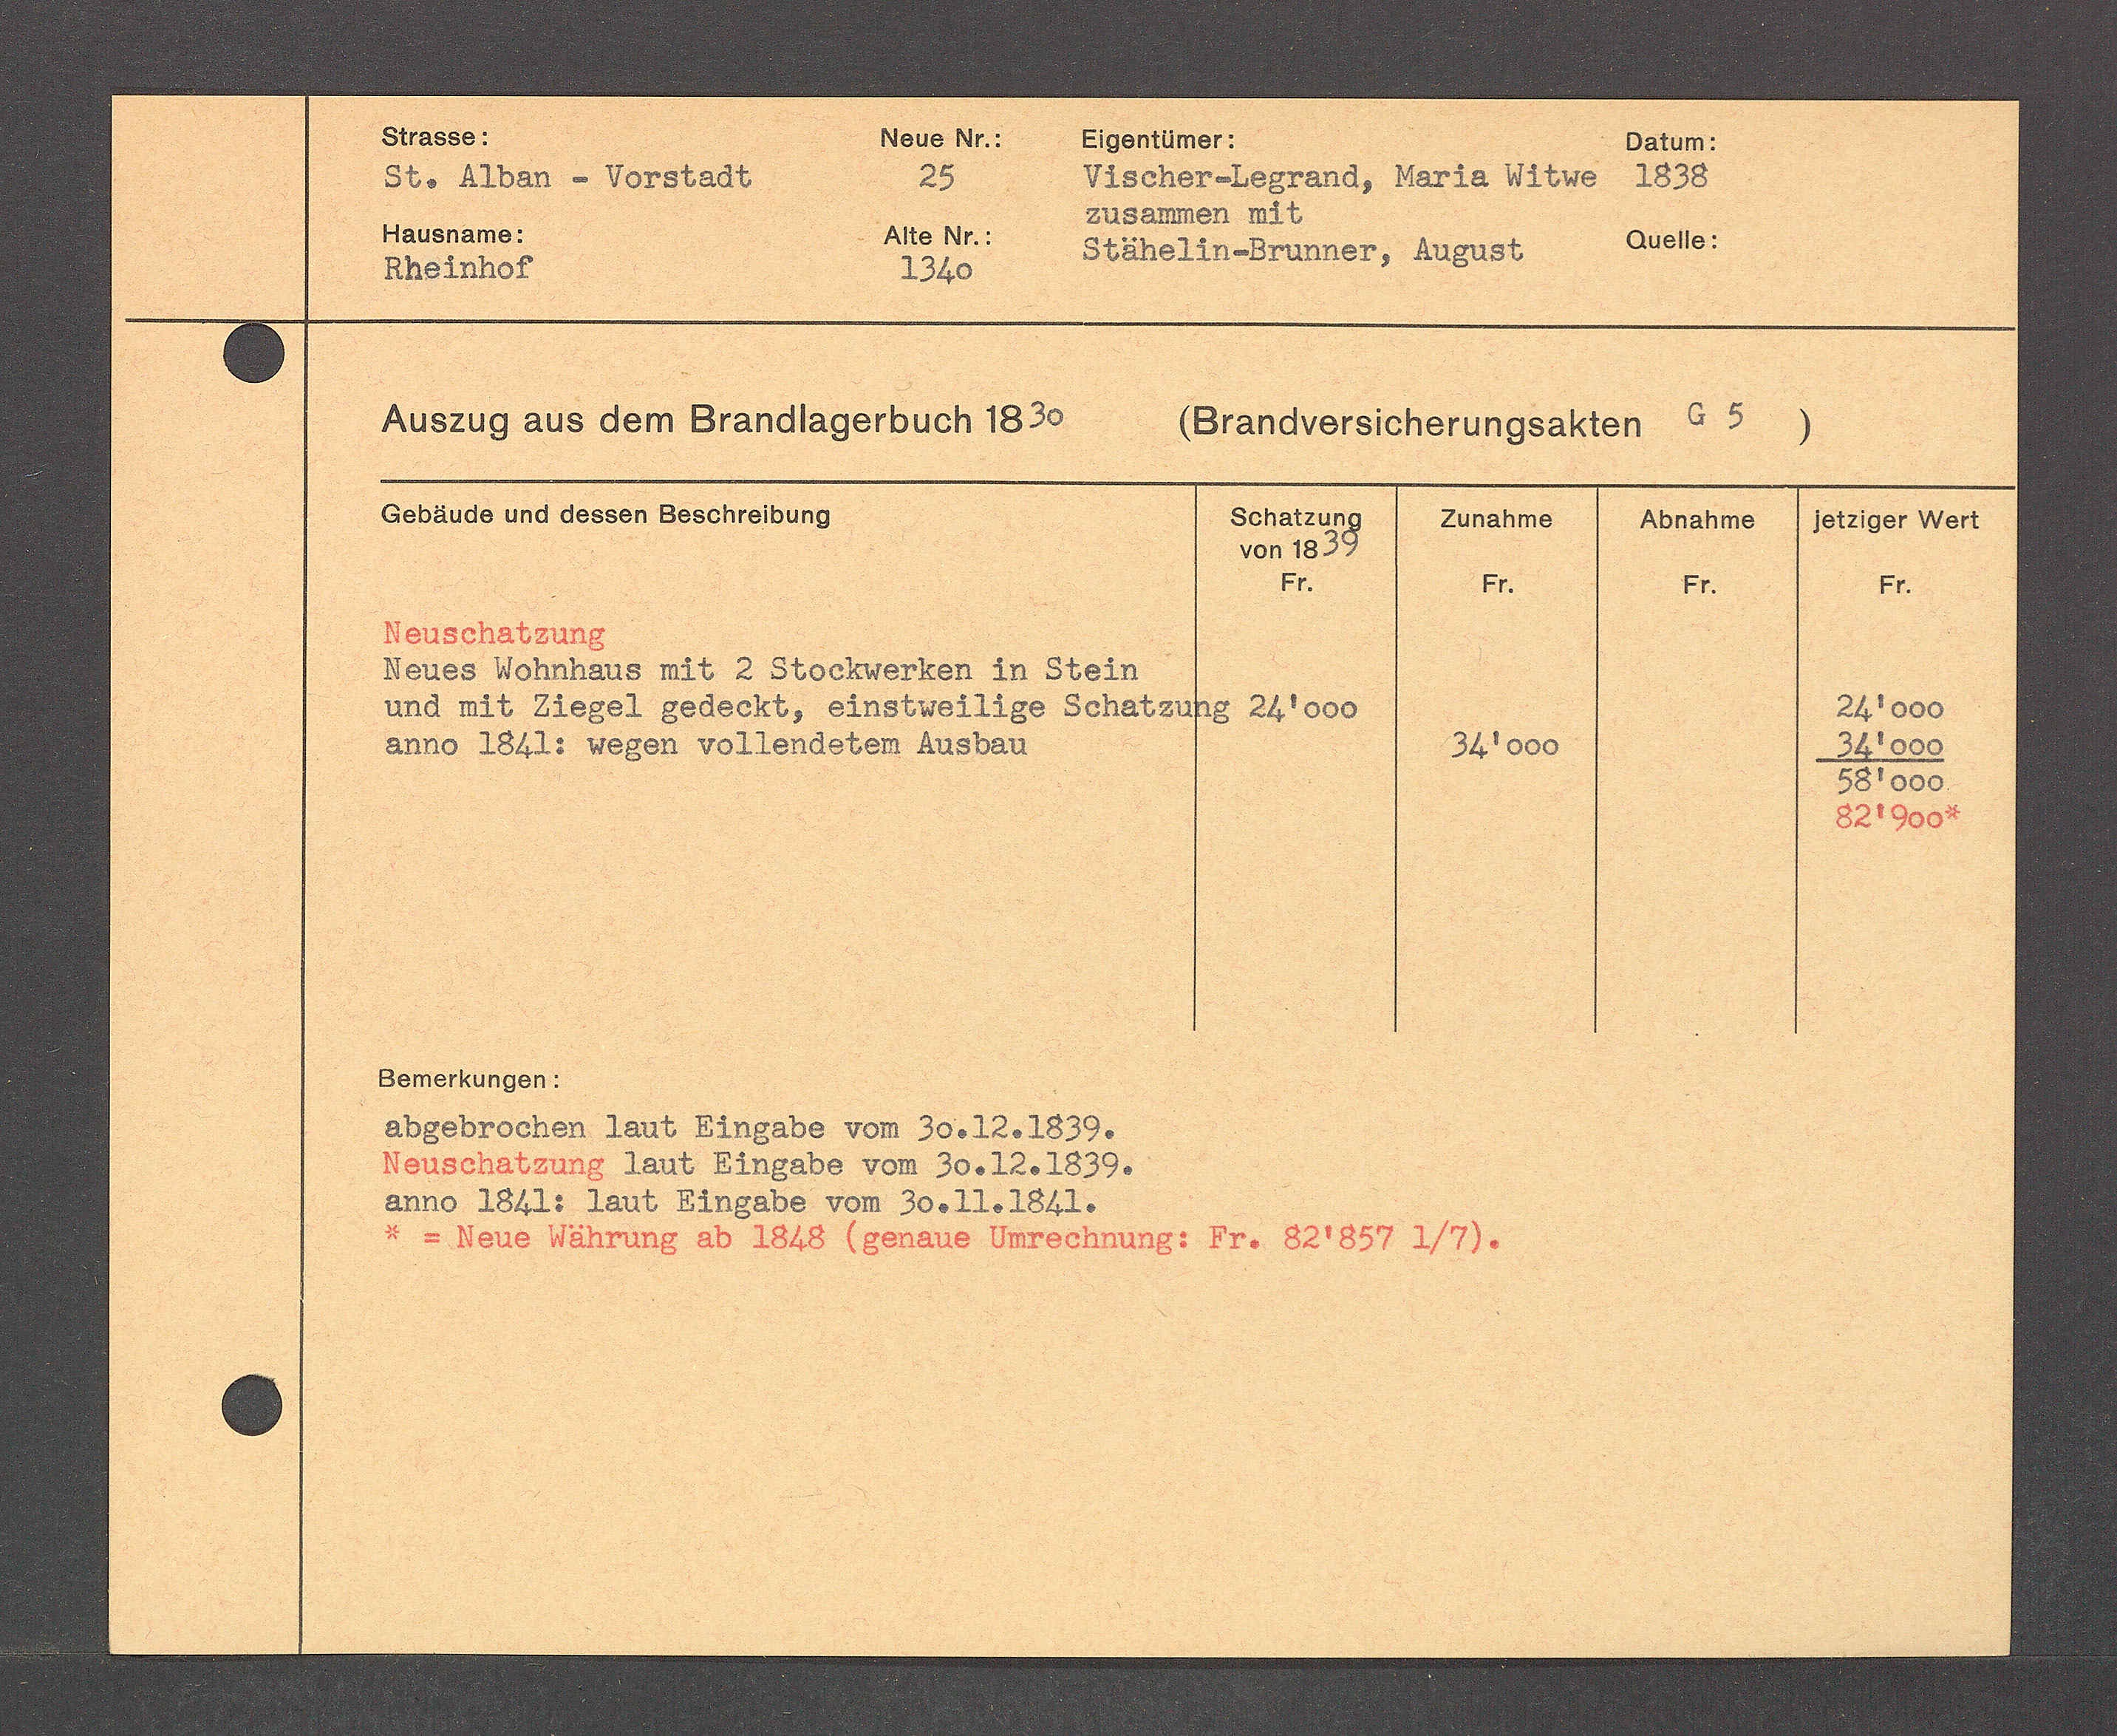
Transcript:
Jeruser

34000